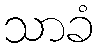
သာခံ